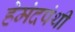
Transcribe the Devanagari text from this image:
हेमंदपंथी